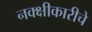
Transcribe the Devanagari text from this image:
नक्क्षीकारीचे